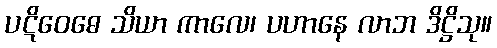
ပဋိဝေဓေ သိယာ ကာလေ၊ ပဟာနေ လာဘ ဒိဋ္ဌိသု။